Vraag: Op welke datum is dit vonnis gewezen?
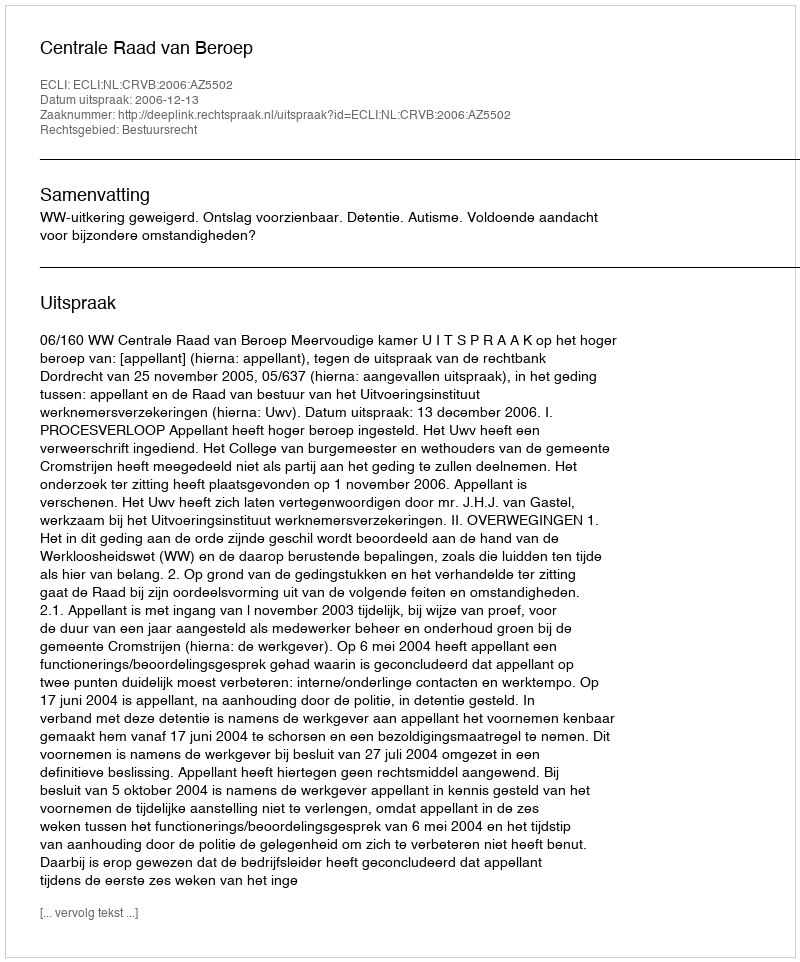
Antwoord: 2006-12-13